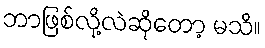
ဘာဖြစ်လို့လဲဆိုတော့ မသိ။